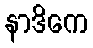
နာဒိကေ